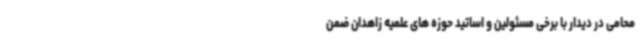
محامی در دیدار با برخی مسئولین و اساتید حوزه های علمیه زاهدان ضمن